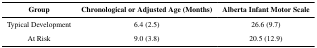
| Group | Chronological or Adjusted Age (Months) | Alberta Infant Motor Scale |
 | --- | --- | --- |
 | Typical Development | 6.4 (2.5) | 26.6 (9.7) |
 | At Risk | 9.0 (3.8) | 20.5 (12.9) |